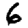
Digit: 6